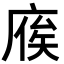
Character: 𢉡